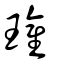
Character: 瓘